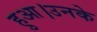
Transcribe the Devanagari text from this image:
हुआ।उनके